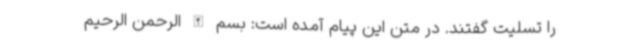
را تسلیت گفتند. در متن این پیام آمده است: بسم الله الرحمن الرحیم